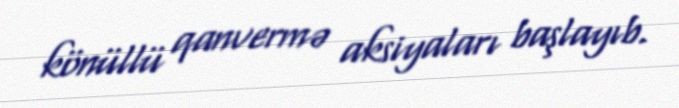
könüllü qanvermə aksiyaları başlayıb.